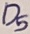
Text: D5